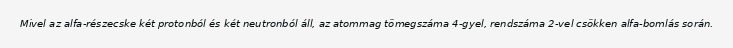
Mivel az alfa-részecske két protonból és két neutronból áll, az atommag tömegszáma 4-gyel, rendszáma 2-vel csökken alfa-bomlás során.